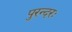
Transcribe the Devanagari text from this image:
पुरन्दरः